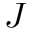
J